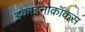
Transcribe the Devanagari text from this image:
इकाइनोकॉकस